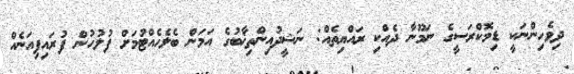
ދިވެހިންނަކީ ޑިމޮކްރަސީގެ ނަމޫނާ ދެއްކި ރައްޔިތެއް: ނަޝީދުއިންތިޚާބުގެ އަމަން ބެލެހެއްޓުމަށް ފުލުހުން ފުރައިފިއަނެއް